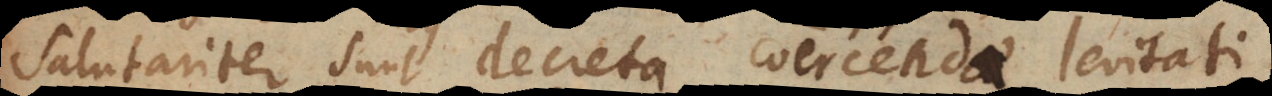
salutariter sunt decreta coercendae levitati